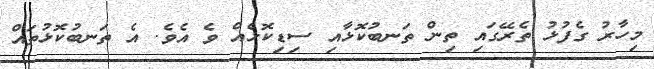
މިހާރު ގެފުޅު ތެރޭގައި ތިން ތަނބުކޮޅާއި ސިޑިކޮޅެއް ވެ އެވެ. އެ ތަނބުކޮޅުތައް